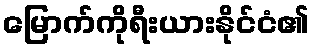
မြောက်ကိုရီးယားနိုင်ငံ၏